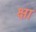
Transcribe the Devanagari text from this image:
क्षा